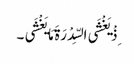
ِذْ یَغْشَی السِّدْرَةَ مَا یَغْشَی ۔